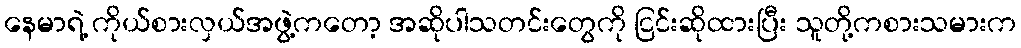
နေမာရဲ့ ကိုယ်စားလှယ်အဖွဲ့ကတော့ အဆိုပါသတင်းတွေကို ငြင်းဆိုထားပြီး သူတို့ကစားသမားက